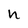
Character: n